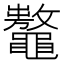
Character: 𪓾